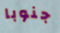
جنوبا